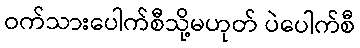
ဝက်သားပေါက်စီသို့မဟုတ် ပဲပေါက်စီ